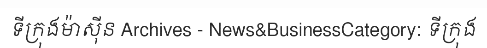
ទីក្រុងម៉ាស៊ីន Archives - News&BusinessCategory: ទីក្រុង